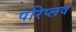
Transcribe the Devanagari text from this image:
परिप्लव